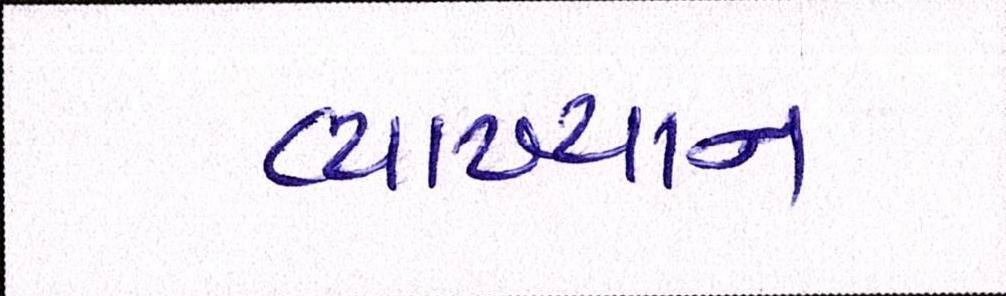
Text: વ્યાખ્યાન